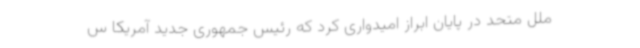
ملل متحد در پایان ابراز امیدواری کرد که رئیس جمهوری جدید آمریکا س